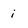
Character: i